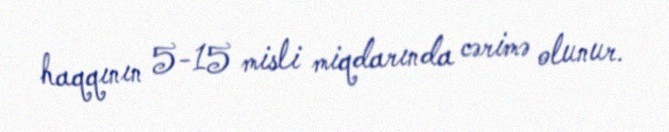
haqqının 5-15 misli miqdarında cərimə olunur.